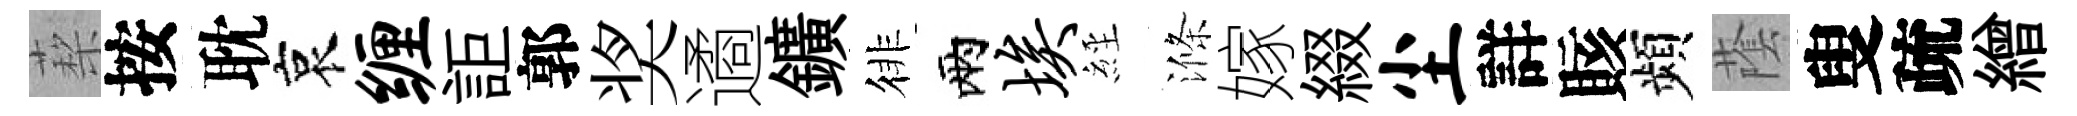
蔾按耽哀缠詎郭奖遹鑛徘兩埃𦀇滌嫁綴尘詳賅頻䕃叟疏繒